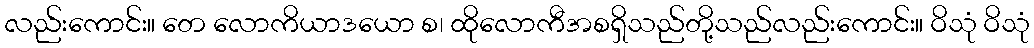
လည်းကောင်း။ တေ လောကိယာဒယော စ၊ ထိုလောကီအစရှိသည်တို့သည်လည်းကောင်း။ ဝိသုံ ဝိသုံ